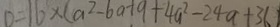
0 = 1 6 \times ( a ^ { 2 } - 6 a + 9 + 4 a ^ { 2 } - 2 4 a + 3 6 )